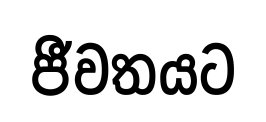
ජීවතයට